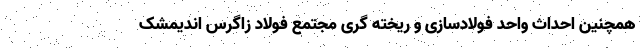
همچنین احداث واحد فولادسازی و ریخته گری مجتمع فولاد زاگرس اندیمشک